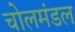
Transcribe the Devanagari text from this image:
चोलमंडल